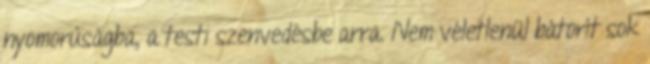
nyomorúságba, a testi szenvedésbe arra. Nem véletlenül bátorít sok